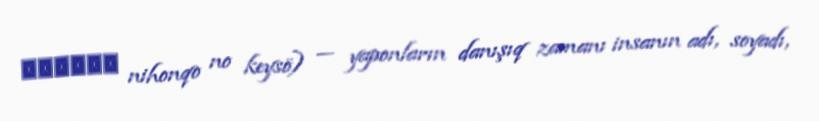
日本語の敬称 nihonqo no keysö) — yaponların danışıq zamanı insanın adı, soyadı,